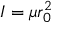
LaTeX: I = \mu r _ { 0 } ^ { 2 }